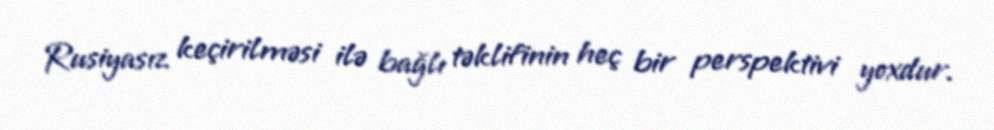
Rusiyasız keçirilməsi ilə bağlı təklifinin heç bir perspektivi yoxdur.